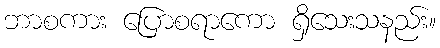
ဘာစကား ပြောစရာကော ရှိသေးသနည်း။